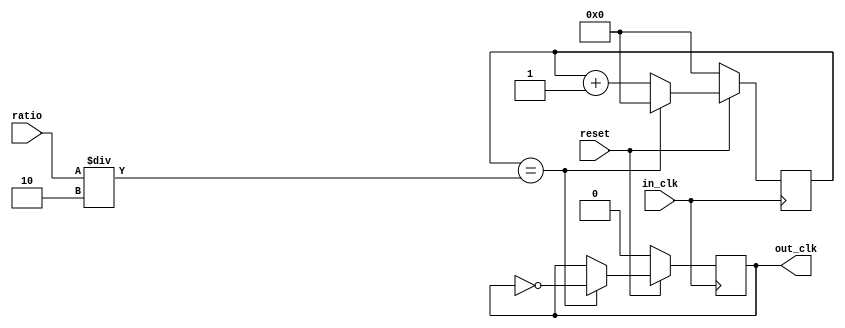
module FreqDivider(
        input in_clk,
        input reset,
        input [31:0] ratio, 
	   output reg out_clk
    ); 
	 reg [31:0] count;
	 
	 always @(posedge in_clk)
	 if (reset == 0) begin
	   count <= 32'd0;
	   out_clk <= 1'b0;
	 end
	 else  begin
        count <= count + 1;
		  if (count==(ratio/2))
		  begin
		     count <= 32'd0;
			 out_clk <= ~out_clk;
		  end
		end
endmodule